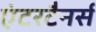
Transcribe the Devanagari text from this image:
एंटरटैनर्स